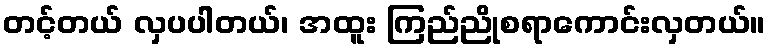
တင့်တယ် လှပပါတယ်၊ အထူး ကြည်ညိုစရာကောင်းလှတယ်။